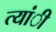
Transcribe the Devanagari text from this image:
त्यांी